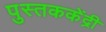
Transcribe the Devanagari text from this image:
पुस्तककेंद्री